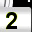
Digit: 2